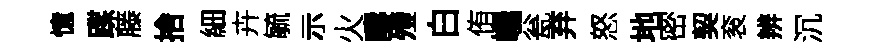
憶蹀藤捨細卉毓示火疇殪白侑巉瓮弃怒地密契衮辨沉